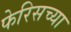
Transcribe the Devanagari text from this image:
फेरिसच्या